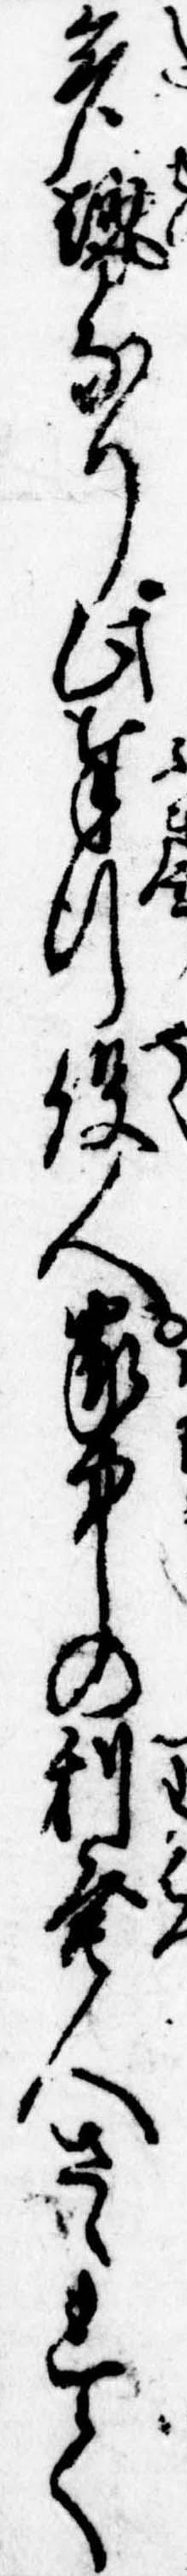
多勢なり此奉行役人家中の利発人さゝれて